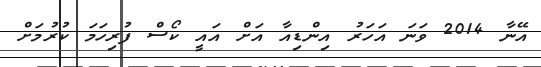
އޭނާ 2014 ވަނަ އަހަރު އިންޑިއާ އަށް އައީ ކޯސް ފުރިހަމަ ކުރުމަށް